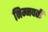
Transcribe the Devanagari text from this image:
निम्नवर्ती